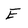
Character: E